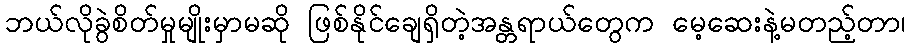
ဘယ်လိုခွဲစိတ်မှုမျိုးမှာမဆို ဖြစ်နိုင်ချေရှိတဲ့အန္တရာယ်တွေက မေ့ဆေးနဲ့မတည့်တာ၊